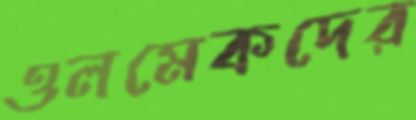
ওলমেকদের